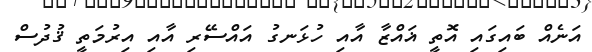
އަނެއް ބައިގައި އޮތީ ޣައްޒާ އާއި ހުޅަނގު އައްސޭރި އާއި އިރުމަތީ ޤުދުސް